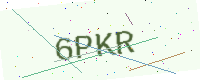
Text: 6PKR